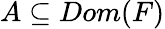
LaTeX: A\subseteq Dom(F)